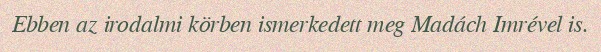
Ebben az irodalmi körben ismerkedett meg Madách Imrével is.